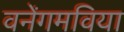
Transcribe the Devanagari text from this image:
वनेंगमविया